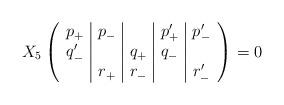
LaTeX: \begin{align*}X_5 \left( \begin{array}{c|c|c|c|c}p_+ & p_- & & p'_+ & p'_- \\q'_- & & q_+ & q_- & \\ & r_+ & r_- & & r'_- \end{array} \right) = 0\end{align*}